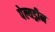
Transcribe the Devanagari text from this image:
पेल्यड्रीन